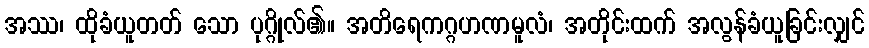
အဿ၊ ထိုခံယူတတ် သော ပုဂ္ဂိုလ်၏။ အတိရေကဂ္ဂဟဏမူလံ၊ အတိုင်းထက် အလွန်ခံယူခြင်းလျှင်